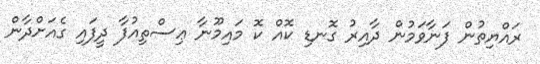
ރައްޔިތުން ފަނާވަމުން ދާއިރު ގޮނޑި ކޮއް ކޮ މައިމޫނާ ޢިސްތިއުފާ ދީފައި ގެއަށްދާން